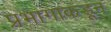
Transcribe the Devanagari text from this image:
प्रभागाकडून